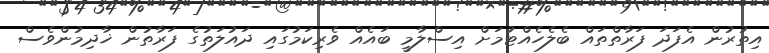
އިތުރުން އެފަދަ ފަރާތްތައް ބެލެހެއްޓުމަށް އިސްލާމީ ބައެއް ވެރިކަމުގައި ދައުލަތުގެ ފަރާތުން ޚާދިމުންވެސް